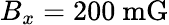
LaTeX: B_{x}=200~\mathrm{{mG}}